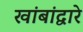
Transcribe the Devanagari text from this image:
खांबांद्वारे